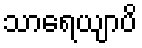
သာရေယျာပိ